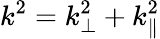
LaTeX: k^{2}=k_{\perp}^{2}+k_{\parallel}^{2}